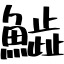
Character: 𩻩